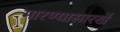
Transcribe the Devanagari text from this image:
मारण्यासारखें